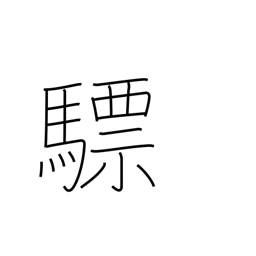
Meaning: white horse